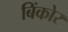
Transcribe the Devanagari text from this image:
बिंकोर